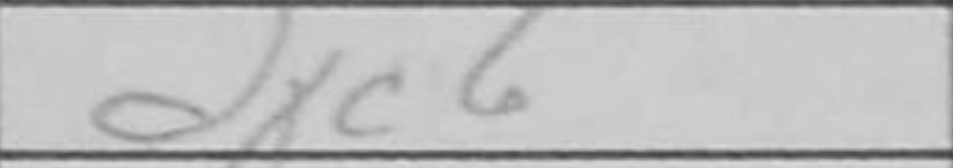
Transcription: dxc6